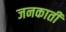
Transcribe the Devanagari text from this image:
जनकाती